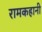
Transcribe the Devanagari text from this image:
रामकहानी